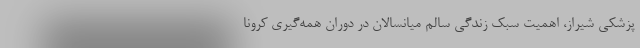
پزشکی شیراز، اهمیت سبک زندگی سالم میانسالان در دوران همه‌گیری کرونا